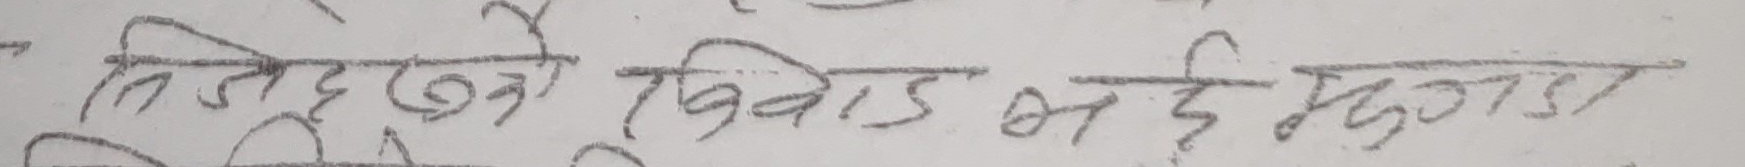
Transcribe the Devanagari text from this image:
तिजुदखने किवाड भई मृदा